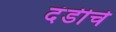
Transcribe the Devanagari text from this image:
दंडीचे